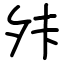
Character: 𫝣